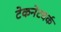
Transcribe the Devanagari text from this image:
टेकनेटवर्क